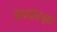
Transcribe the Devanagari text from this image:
हवाईअड्‍डा